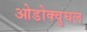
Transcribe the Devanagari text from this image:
ओडोक्वुघल